Vaccine operations Central Provinces & Berar 1922-1929 - 1922-1929
Year: 1922
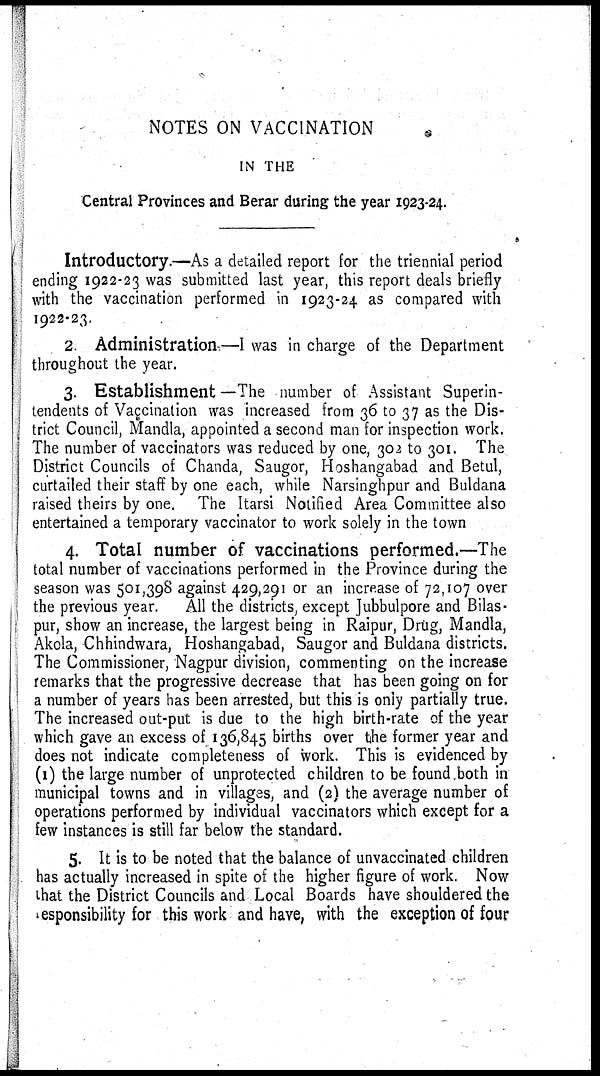
NOTES ON VACCINATION
IN THE
Central Provinces and Berar during the year 1923-24.
Introductory.—As a detailed report for the triennial period
ending 1922-23 was submitted last year, this report deals briefly
with the vaccination performed in 1923-24 as compared with
1922-23.
2 Administration-—I was in charge of the Department
throughout the year.
3. Establishment—The number of Assistant Superin-
tendents of Vaccination was increased from 36 to 37 as the Dis-
trict Council, Mandla, appointed a second man for inspection work.
The number of vaccinators was reduced by one, 302 to 301. The
District Councils of Chanda, Saugor, Hoshangabad and Betul,
curtailed their staff by one each, while Narsinghpur and Buldana
raised theirs by one. The Itarsi Notified Area Committee also
entertained a temporary vaccinator to work solely in the town
4. Total number of vaccinations performed.—The
total number of vaccinations performed in the Province during the
season was 501,398 against 429,291 or an increase of 72,107 over
the previous year.
All the districts, except Jubbulpore and Bilas-
pur, show an increase, the largest being in Raipur, Drug, Mandla,
Akola, Chhindwara, Hoshangabad, Saugor and Buldana districts.
The Commissioner, Nagpur division, commenting on the increase
remarks that the progressive decrease that has been going on for
a number of years has been arrested, but this is only partially true.
The increased out-put is due to the high birth-rate of the year
which gave an excess of 136,845 births over the former year and
does not indicate completeness of work. This is evidenced by
(1) the large number of unprotected children to be found both in
municipal towns and in villages, and (2) the average number of
operations performed by individual vaccinators which except for a
few instances is still far below the standard.
5. It is to be noted that the balance of unvaccinated children
has actually increased in spite of the higher figure of work. Now
that the District Councils and Local Boards have shouldered the
responsibility for this work and have, with the exception of four